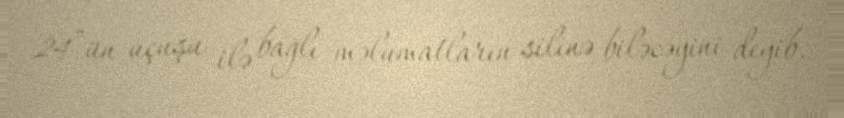
24”ün uçuşu ilə bağlı məlumatların silinə biləcəyini deyib.